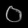
Digit: ၀